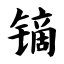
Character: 镝